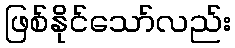
ဖြစ်နိုင်သော်လည်း